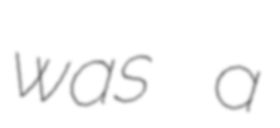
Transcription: was a